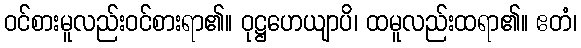
ဝင်စားမူလည်းဝင်စားရာ၏။ ဝုဋ္ဌဟေယျာပိ၊ ထမူလည်းထရာ၏။ ဧတံ၊